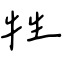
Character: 牲